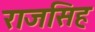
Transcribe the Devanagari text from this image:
राजसिह